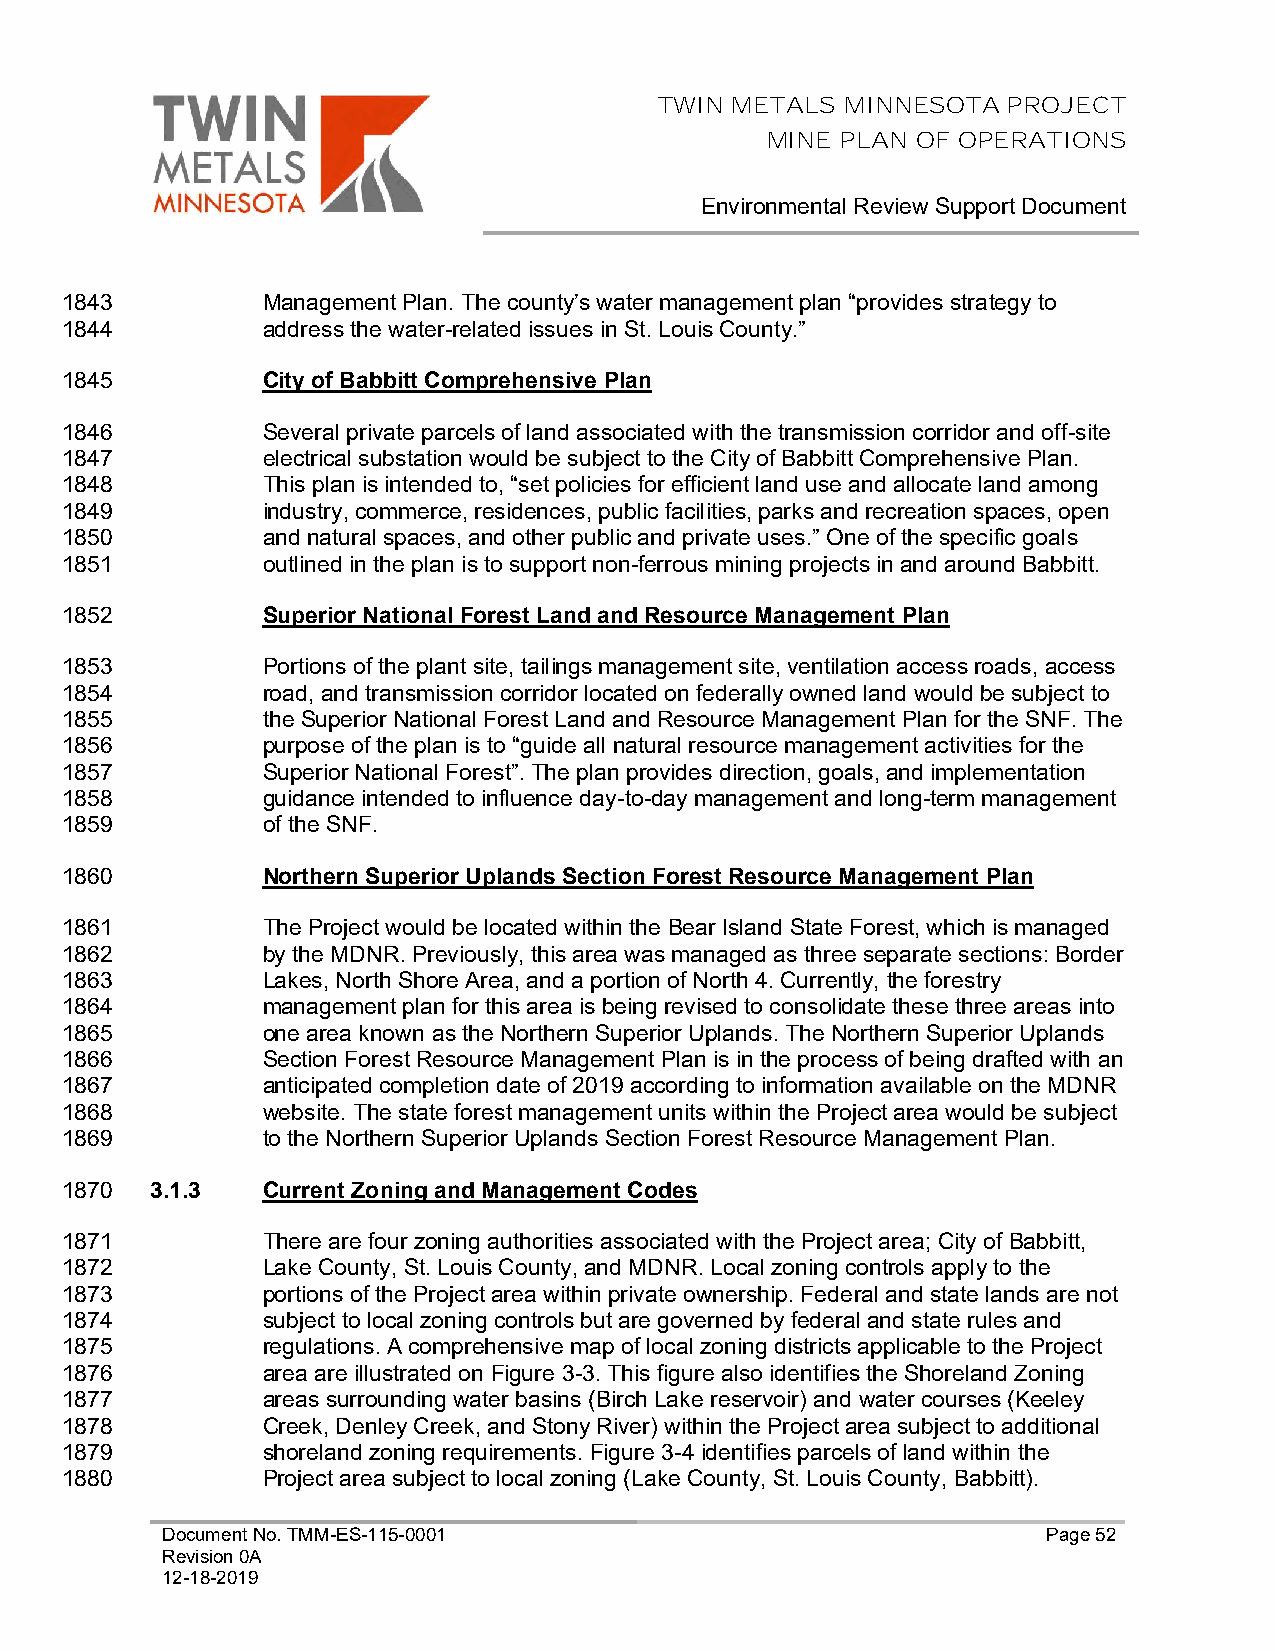
TWIN METALS MINNESOTA  PROJECT
 MINE PLAN OF OPERATIONS
 Environmental Review Support Document
 1843         Management Plan. The county’s water management plan “provides strategy to
 1844         address the water-related issues in St. Louis County.”
 1845         City of Babbitt Comprehensive Plan
 1846         Several private parcels of land associated with the transmission corridor and off-site
 1847         electrical substation would be subject to the City of Babbitt Comprehensive Plan.
 1848         This plan is intended to, “set policies for efficient land use and allocate land among
 1849         industry, commerce, residences, public facilities, parks and recreation spaces, open
 1850         and natural spaces, and other public and private uses.” One of the specific goals
 1851         outlined in the plan is to support non-ferrous mining projects in and around Babbitt.
 1852         Superior National Forest Land and Resource Management Plan
 1853         Portions of the plant site, tailings management site, ventilation access roads, access
 1854         road, and transmission corridor located on federally owned land would be subject to
 1855         the Superior National Forest Land and Resource Management Plan for the SNF. The
 1856         purpose of the plan is to “guide all natural resource management activities for the
 1857         Superior National Forest”. The plan provides direction, goals, and implementation
 1858         guidance intended to influence day-to-day management and long-term management
 1859         of the SNF.
 1860         Northern Superior Uplands Section Forest Resource Management Plan
 1861         The Project would be located within the Bear Island State Forest, which is managed
 1862         by the MDNR. Previously, this area was managed as three separate sections: Border
 1863         Lakes, North Shore Area, and a portion of North 4. Currently, the forestry
 1864         management plan for this area is being revised to consolidate these three areas into
 1865         one area known as the Northern Superior Uplands. The Northern Superior Uplands
 1866         Section Forest Resource Management Plan is in the process of being drafted with an
 1867         anticipated completion date of 2019 according to information available on the MDNR
 1868         website. The state forest management units within the Project area would be subject
 1869         to the Northern Superior Uplands Section Forest Resource Management Plan.
 1870  3.1.3  Current Zoning and Management Codes
 1871         There are four zoning authorities associated with the Project area; City of Babbitt,
 1872         Lake County, St. Louis County, and MDNR. Local zoning controls apply to the
 1873         portions of the Project area within private ownership. Federal and state lands are not
 1874         subject to local zoning controls but are governed by federal and state rules and
 1875         regulations. A comprehensive map of local zoning districts applicable to the Project
 1876         area are illustrated on Figure 3-3. This figure also identifies the Shoreland Zoning
 1877         areas surrounding water basins (Birch Lake reservoir) and water courses (Keeley
 1878         Creek, Denley Creek, and Stony River) within the Project area subject to additional
 1879         shoreland zoning requirements. Figure 3-4 identifies parcels of land within the
 1880         Project area subject to local zoning (Lake County, St. Louis County, Babbitt).
 Document No. TMM-ES-115-0001                              Page 52
 Revision 0A
 12-18-2019